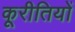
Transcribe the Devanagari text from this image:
कूरीतियों